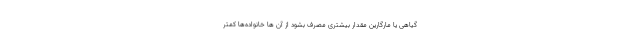
گیاهی یا مارگارین مقدار بیشتری مصرف بشود از آن ها خانواده‌ها کمتر